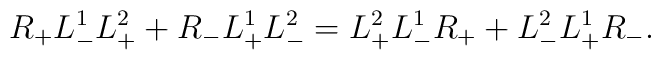
R_+ L_-^1 L^2_+ + R_- L_+^1 L^2_- = L^2_+ L_-^1 R_+ + L^2_- L_+^1 R_-.